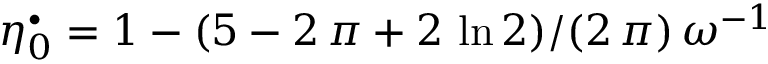
{ \eta _ { 0 } ^ { \bullet } = 1 - ( 5 - 2 \, \pi + 2 \, \ln 2 ) / ( 2 \, \pi ) \, \omega ^ { - 1 } }